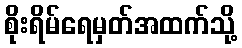
စိုးရိမ်ရေမှတ်အထက်သို့